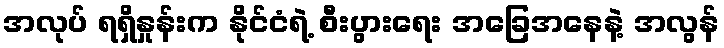
အလုပ် ရရှိနှုန်းက နိုင်ငံရဲ့ စီးပွားရေး အခြေအနေနဲ့ အလွန်